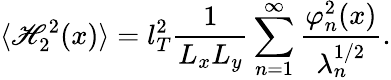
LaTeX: \langle\mathscr{H}_{2}^{2}(x)\rangle=l_{T}^{2}\frac{{1}}{{L_{x}L_{y}}}\sum_{n=1}^{\infty}\frac{{\varphi_{n}^{2}(x)}}{{\lambda_{n}^{1/2}}}.